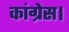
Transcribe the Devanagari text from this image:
कांग्रेस।